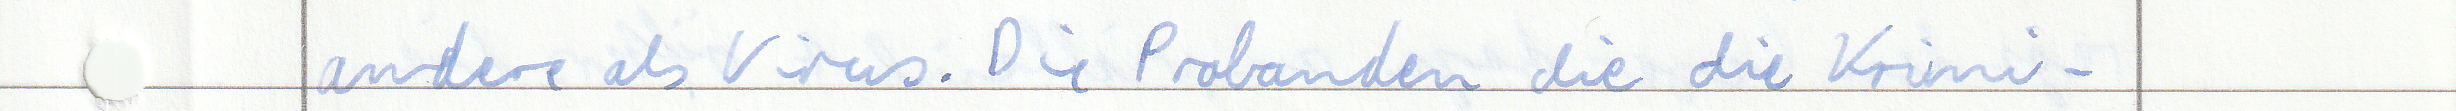
andere als Virus. Die Probanden die die Krimi -